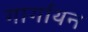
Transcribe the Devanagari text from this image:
गार्गायन